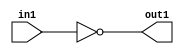
`timescale 1ps / 1ps
/*****************************************************************************
    Verilog RTL Description
    
    
    Created by: CellMath Designer 2019.1.01 
*******************************************************************************/

module fp_cmp_Not_1U_1U_4 (
	in1,
	out1
	); /* architecture "behavioural" */ 
input  in1;
output  out1;
wire  asc001;

assign asc001 = 
	((~in1));

assign out1 = asc001;
endmodule

/* CADENCE  urTwQws= : u9/ySgnWtBlWxVPRXgAZ4Og= ** DO NOT EDIT THIS LINE ******/